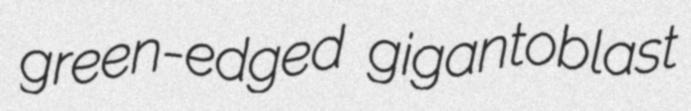
green-edged gigantoblast